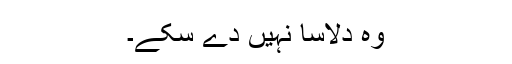
وہ دلاسا نہیں دے سکے۔